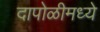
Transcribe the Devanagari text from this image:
दापोळीमध्ये